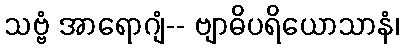
သဗ္ဗံ အာရောဂျံ-- ဗျာဓိပရိယောသာနံ၊